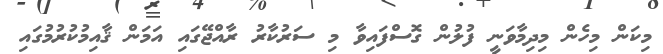
މިކަން މިހެން މިދިމާވަނީ ފުލުން ގޮސްފައިވާ މި ސަރުކާރު ރާއްޖޭގައި އަމަން ޤާއިމުކުރުމުގައި